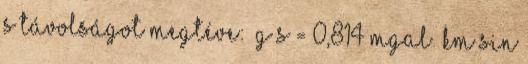
S távolságot megtéve: Δg S = 0,814 mgal km sin